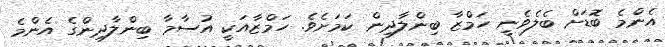
އެންމެ ބޮޑަށް ބެލެވެނީ ހަމްޒާ ބިންލާދިން ކަމަށެވެ. ހަމްޒާއަކީ އުސާމާ ބިންލާދިންގެ އެންމެ